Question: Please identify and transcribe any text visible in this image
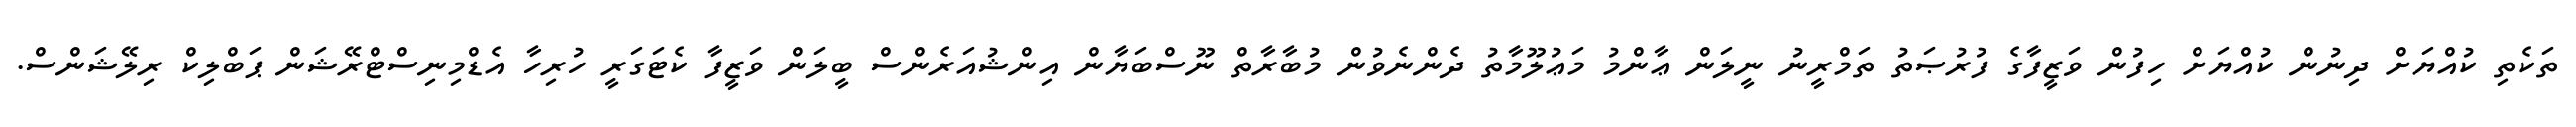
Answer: ތަކެތި ކުއްޔަށް ދިނުން ކުއްޔަށް ހިފުން ވަޒީފާގެ ފުރުޞަތު ތަމްރީނު ނީލަން ޢާންމު މަޢުލޫމާތު ދެންނެވުން މުބާރާތް ނޫސްބަޔާން އިންޝުއަރެންސް ބީލަން ވަޒީފާ ކެޓަގަރީ ހުރިހާ އެޑްމިނިސްޓްރޭޝަން ޕަބްލިކް ރިލޭޝަންސް.